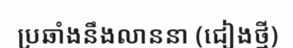
ប្រឆាំងនឹងលាននា (ជៀងថ្មី)